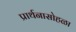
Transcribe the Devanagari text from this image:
प्रार्थनासोहळा